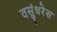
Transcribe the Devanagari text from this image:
वसुंधरेस